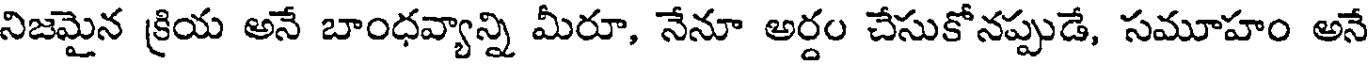
నిజమైన క్రియ అనే బాంధవ్యాన్ని మీరూ, నేనూ అర్దం చేసుకోనప్పుడే, సమూహం అనే